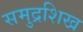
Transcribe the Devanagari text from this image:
समुद्रशिख